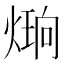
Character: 𪹔